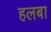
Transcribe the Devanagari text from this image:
हलबा